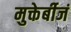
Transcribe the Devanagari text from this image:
मुक्तेर्बीजं